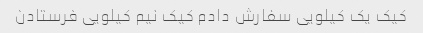
کیک یک کیلویی سفارش دادم کیک نیم کیلویی فرستادن